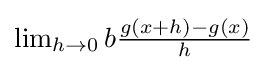
{\textstyle \lim _{h\rightarrow 0}b{\frac {g(x+h)-g(x)}{h}}}